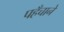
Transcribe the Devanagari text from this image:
पहँचाने